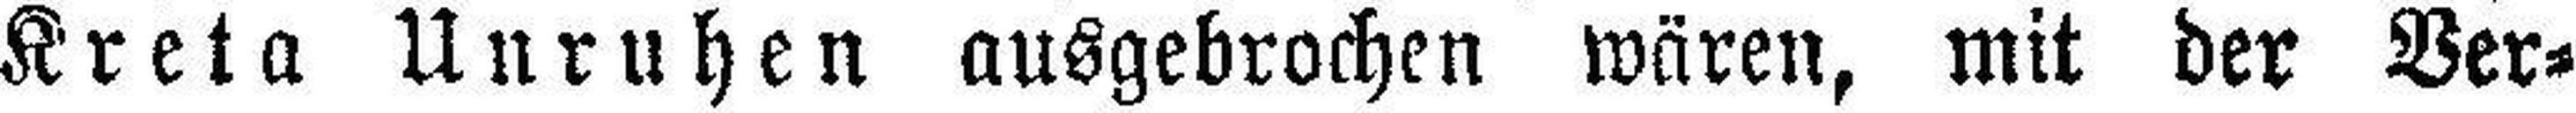
Kreta Unruhen ausgebrochen wären, mit der Ver¬